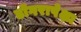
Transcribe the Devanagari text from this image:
डोंगरापेक्षा